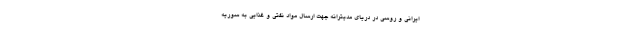
ایرانی و روسی در دریای مدیترانه جهت ارسال مواد نفتی و غذایی به سوریه